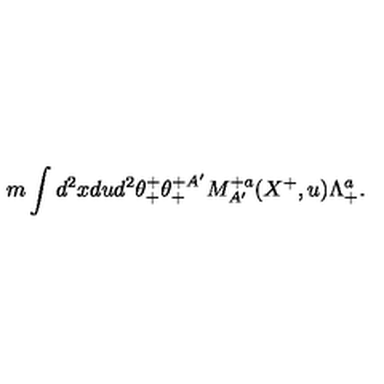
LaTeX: m \int d ^ { 2 } x d u d ^ { 2 } \theta _ { + } ^ { + } \theta _ { + } ^ { + A ^ { \prime } } M _ { A ^ { \prime } } ^ { + a } ( X ^ { + } , u ) \Lambda _ { + } ^ { a } .